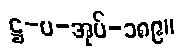
ဋ္ဌ-ပ-အုပ်-၁၈၉။